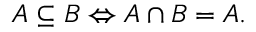
A \subseteq B \Leftrightarrow A \cap B = A .